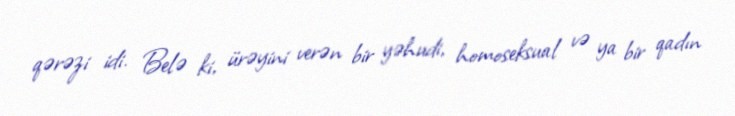
qərəzi idi. Belə ki, ürəyini verən bir yəhudi, homoseksual və ya bir qadın